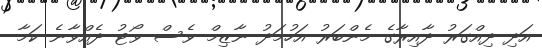
އަދި ދިއްގަރު ދާއިރާގެ މެންބަރު އަހުމަދު ނާޒިމް ވެސް ވޯޓު ދެއްވާނެ ކަމާ